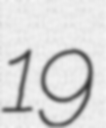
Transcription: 19